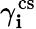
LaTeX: \gamma_{\mathbf{i}}^{\mathrm{{cs}}}